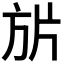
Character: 𭤬